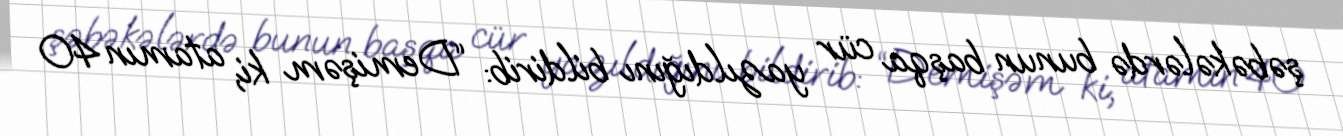
şəbəkələrdə bunun başqa cür yazıldığını bildirib: “Demişəm ki, atamın 40